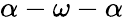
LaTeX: \alpha-\omega-\alpha